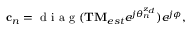
\begin{array} { r } { { \bf c } _ { n } = \mathrm { ~ d ~ i ~ a ~ g ~ } ( { \bf { T M } } _ { e s t } e ^ { j { \theta } _ { n } ^ { z _ { d } } } ) e ^ { j \phi } , } \end{array}